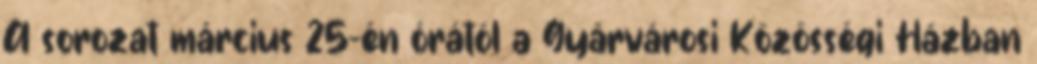
A sorozat március 25-én órától a Gyárvárosi Közösségi Házban